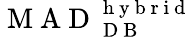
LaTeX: \mathrm{~M~A~D~}_{\mathrm{~D~B~}}^{\mathrm{~h~y~b~r~i~d~}}